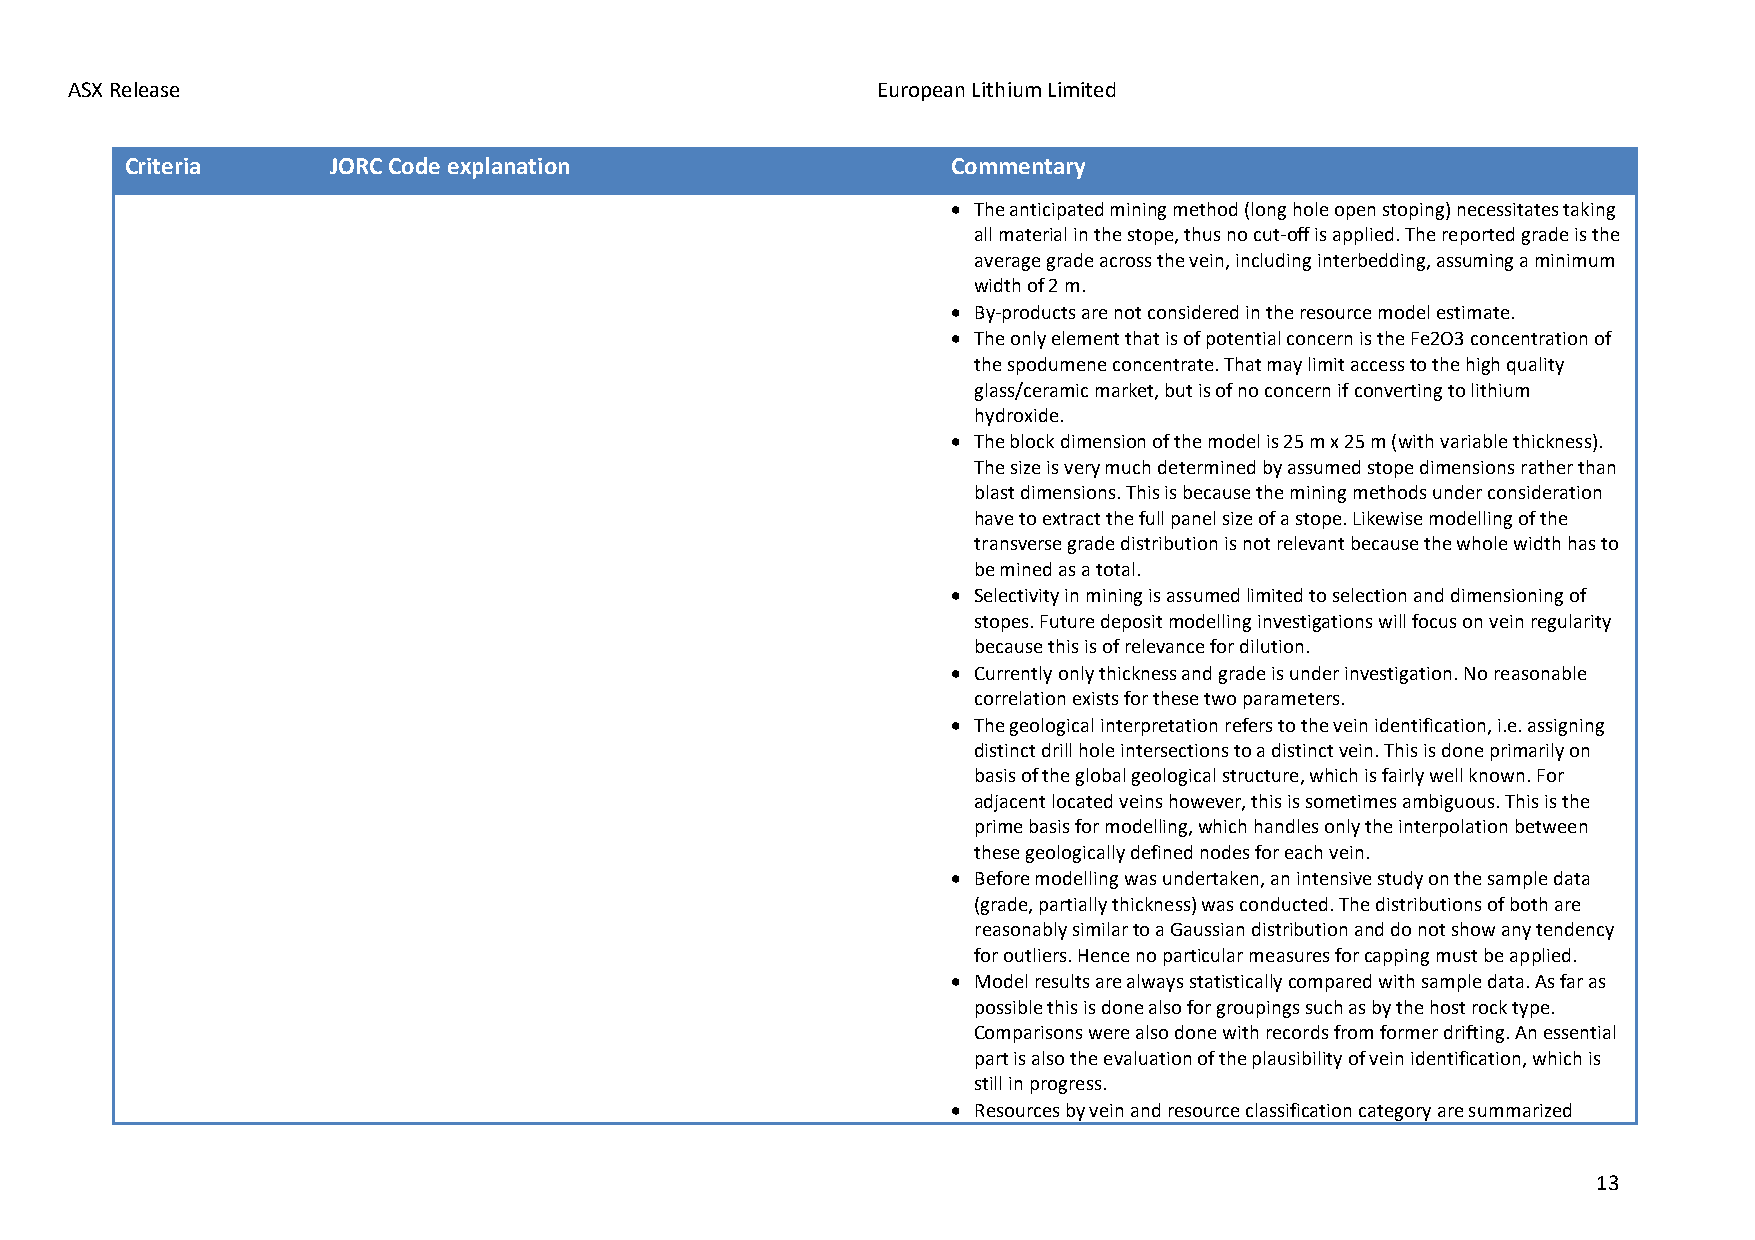
ASX Release                                           European Lithium Limited
 Criteria      JORC Code explanation                    Commentary
 • The anticipated mining method (long hole open stoping) necessitates taking
 all material in the stope, thus no cut-off is applied. The reported grade is the
 average grade across the vein, including interbedding, assuming a minimum
 width of 2 m.
 • By-products are not considered in the resource model estimate.
 • The only element that is of potential concern is the Fe2O3 concentration of
 the spodumene concentrate. That may limit access to the high quality
 glass/ceramic market, but is of no concern if converting to lithium
 hydroxide.
 • The block dimension of the model is 25 m x 25 m (with variable thickness).
 The size is very much determined by assumed stope dimensions rather than
 blast dimensions. This is because the mining methods under consideration
 have to extract the full panel size of a stope. Likewise modelling of the
 transverse grade distribution is not relevant because the whole width has to
 be mined as a total.
 • Selectivity in mining is assumed limited to selection and dimensioning of
 stopes. Future deposit modelling investigations will focus on vein regularity
 because this is of relevance for dilution.
 • Currently only thickness and grade is under investigation. No reasonable
 correlation exists for these two parameters.
 • The geological interpretation refers to the vein identification, i.e. assigning
 distinct drill hole intersections to a distinct vein. This is done primarily on
 basis of the global geological structure, which is fairly well known. For
 adjacent located veins however, this is sometimes ambiguous. This is the
 prime basis for modelling, which handles only the interpolation between
 these geologically defined nodes for each vein.
 • Before modelling was undertaken, an intensive study on the sample data
 (grade, partially thickness) was conducted. The distributions of both are
 reasonably similar to a Gaussian distribution and do not show any tendency
 for outliers. Hence no particular measures for capping must be applied.
 • Model results are always statistically compared with sample data. As far as
 possible this is done also for groupings such as by the host rock type.
 Comparisons were also done with records from former drifting. An essential
 part is also the evaluation of the plausibility of vein identification, which is
 still in progress.
 • Resources by vein and resource classification category are summarized
 13